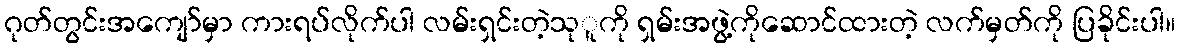
ဂုတ်တွင်းအကျော်မှာ ကားရပ်လိုက်ပါ လမ်းရှင်းတဲ့သုူကို ရှမ်းအဖွဲ့ကိုဆောင်ထားတဲ့ လက်မှတ်ကို ပြခိုင်းပါ။